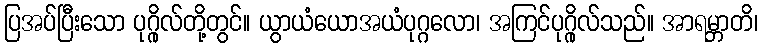
ပြအပ်ပြီးသော ပုဂ္ဂိုလ်တို့တွင်။ ယွာယံယောအယံပုဂ္ဂလော၊ အကြင်ပုဂ္ဂိုလ်သည်။ အာရမ္ဘာတိ၊